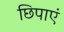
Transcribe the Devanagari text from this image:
छिपाएं